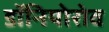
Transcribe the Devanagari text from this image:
डॉनियोरोव